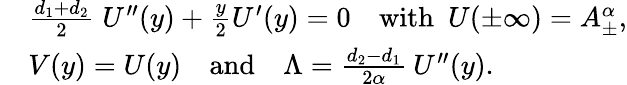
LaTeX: \begin{array}{rl}&{\frac{d_{1}{+}d_{2}}{2}\; U^{\prime\prime}(y)+\frac{y}{2}U^{\prime}(y)=0\quad\mathrm{with~}\ U(\pm\infty)=A_{\pm}^{\alpha},}\\ &{V(y)=U(y)\quad\mathrm{and}\quad\Lambda=\frac{d_{2}{-}d_{1}}{2\alpha}\: U^{\prime\prime}(y).}\end{array}